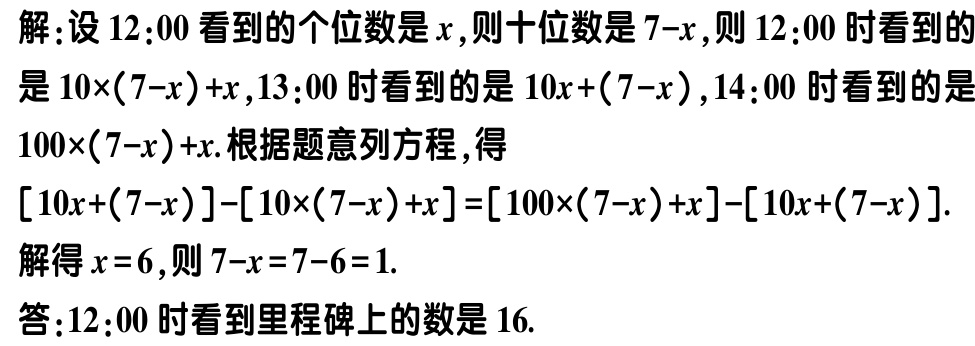
解：设\(12:00\)看到的个位数是\(x\)，则十位数是\(7 - x\)，则\(12:00\)时看到的是\(10\times(7 - x)+x\)，\(13:00\)时看到的是\(10x+(7 - x)\)，\(14:00\)时看到的是\(100\times(7 - x)+x\). 根据题意列方程，得

\([10x+(7 - x)]-[10\times(7 - x)+x]=[100\times(7 - x)+x]-[10x+(7 - x)]\).

解得\(x = 6\)，则\(7 - x = 7 - 6 = 1\).

答：\(12:00\)时看到里程碑上的数是\(16\).